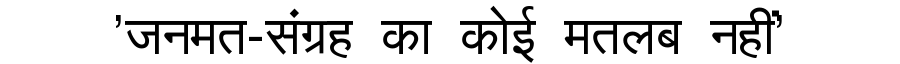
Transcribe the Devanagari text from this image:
'जनमत-संग्रह का कोई मतलब नहीं'